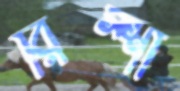
রিস্শা